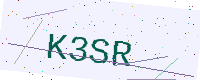
Text: K3SR